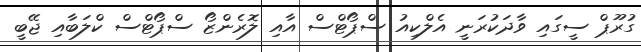
ގުރޫޕް ސީގައި ވާދަކުރަނީ އެލްކިއު ސްޕޯޓްސް އާއި ލޮރެންޒޯ ސްޕޯޓްސް ކްލަބާއި ޖޭބީ